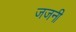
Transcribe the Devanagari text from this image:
जजनी